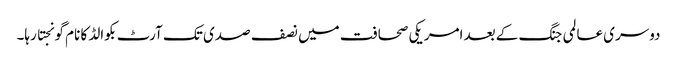
دوسری عالمی جنگ کے بعد امریکی صحافت میں نصف صدی تک آرٹ بکوالڈ کا نام گونجتا رہا۔